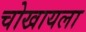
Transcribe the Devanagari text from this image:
चोखायला